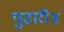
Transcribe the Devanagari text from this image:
पुढारी४